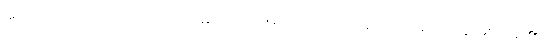
ဣမေ၊ ဤတရားတို့သည်။ သဝိဘတ္တိကာ၊ ဝေဖန်အပ်သော အထူးအပြားနှင့် တကွ ဖြစ်ကုန်၏။